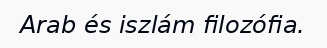
Arab és iszlám filozófia.